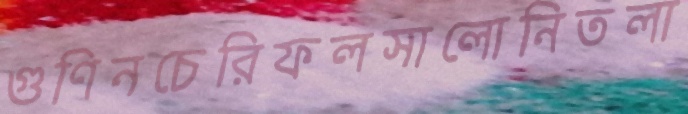
গুণিনচেরিফলসালোনিতলা